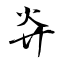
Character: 灷